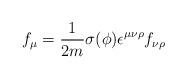
LaTeX: \begin{align*}f_{\mu } = \frac{1}{2 m } \sigma (\phi ) \epsilon^{\mu \nu \rho } f_{\nu\rho }\end{align*}